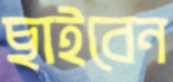
ছাইবেন